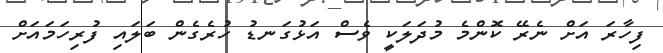
ފިހާރަ އަށް ނެރޭ ކޮންމެ މުދަލަކީ ވެސް އަޅުގަނޑު ހުރެގެން ބަލައި ފުރިހަމައަށް